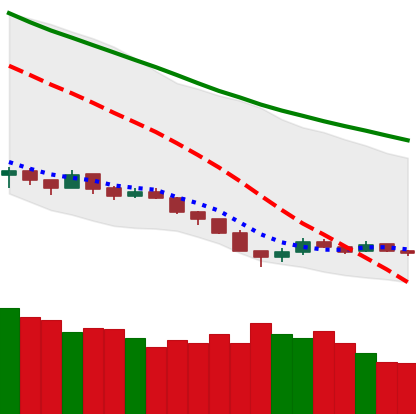
Ticker: EOS-USD
Chart end date: 2018-12-14
Forward return: 36.5625%
Label: up_7plus